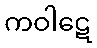
ကဝါဋေ